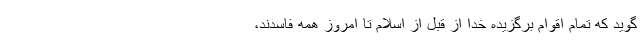
گوید که تمام اقوام برگزیده خدا از قبل از اسلام تا امروز همه فاسدند،